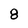
Character: 8